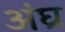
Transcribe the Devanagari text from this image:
अंघ्र